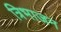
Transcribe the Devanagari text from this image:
त्रिभाजन